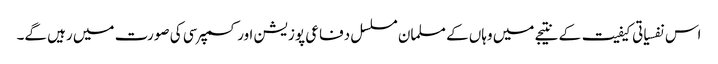
اس نفسیاتی کیفیت کے نتیجے میں وہاں کے مسلمان مسلسل دفاعی پوزیشن اور کسمپرسی کی صورت میں رہیں گے۔